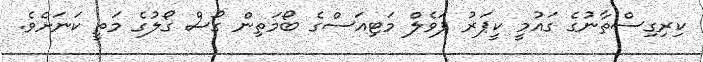
ކިރިގިސްތާނުގެ ގައުމީ ކީޕަރު ޕަވެލް މަޓިއަސްގެ ބޯމަތިން ގޯސް ގޯލުގެ މަތީ ކަނަށެވެ.